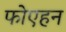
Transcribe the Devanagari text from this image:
फोएहन